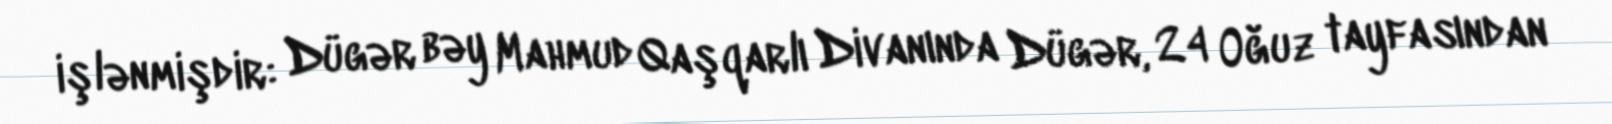
işlənmişdir: Dügər bəy Mahmud Qaşqarlı Divanında Dügər, 24 Oğuz tayfasından